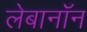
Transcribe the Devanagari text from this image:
लेबानॉन